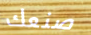
صنعك